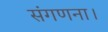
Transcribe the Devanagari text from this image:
संगणना।